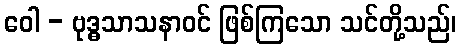
ဝေါ - ဗုဒ္ဓသာသနာဝင် ဖြစ်ကြသော သင်တို့သည်၊